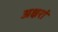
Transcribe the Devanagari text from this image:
अक्षरां